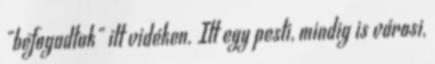
"befogadtak" itt vidéken. Itt egy pesti, mindig is városi,